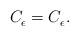
LaTeX: \begin{align*}C^{}_{\epsilon}&=C^{}_{\epsilon}.\end{align*}